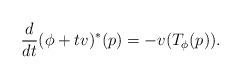
LaTeX: \begin{align*}\frac{d}{dt}(\phi+tv)^*(p) = - v(T_\phi(p)). \end{align*}